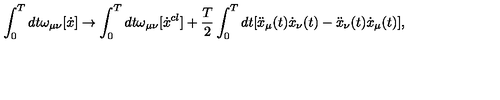
\int _ { 0 } ^ { T } { d t } \omega _ { \mu \nu } [ \dot { x } ] \to \int _ { 0 } ^ { T } { d t \omega _ { \mu \nu } } [ \dot { x } ^ { c l } ] + \frac { T } { 2 } \int _ { 0 } ^ { T } { d t [ \ddot { x } _ { \mu } } ( t ) \dot { x } _ { \nu } ( t ) - \ddot { x } _ { \nu } ( t ) \dot { x } _ { \mu } ( t ) ] ,